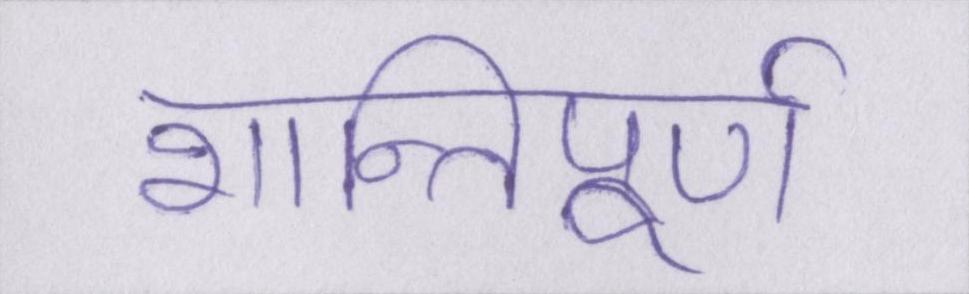
शान्तिपूर्ण